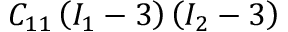
C _ { 1 1 } \left( I _ { 1 } - 3 \right) \left( I _ { 2 } - 3 \right)